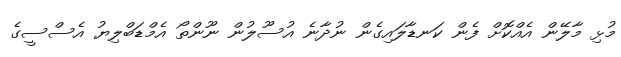
މުޅި މާލޭން އެއްކޮށް ފެން ކަނޑާލައިގެން ނުދާނެ އުސޫލުން ނޫންތޯ އެމްޑަބްލިޔު އެސްސީގެ